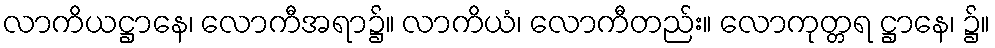
လာကိယဋ္ဌာနေ၊ လောကီအရာ၌။ လာကိယံ၊ လောကီတည်း။ လောကုတ္တရ ဋ္ဌာနေ၊ ၌။